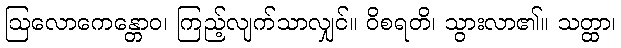
ဩလောကေန္တောဝ၊ ကြည့်လျက်သာလျှင်။ ဝိစရတိ၊ သွားလာ၏။ သတ္ထာ၊